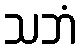
သဘံ